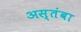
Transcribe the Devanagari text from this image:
अस्तंबा